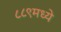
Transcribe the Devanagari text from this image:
८८९मध्ये